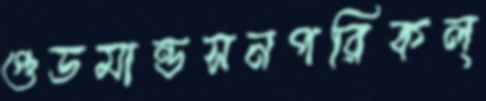
গুডমান্ডসনপরিকল্